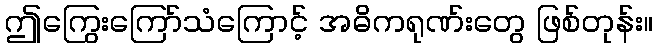
ဤကြွေးကြော်သံကြောင့် အဓိကရုဏ်းတွေ ဖြစ်တုန်း။